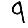
Digit: 9